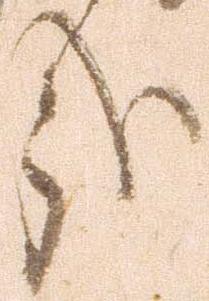
哉